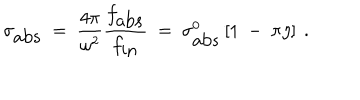
\sigma _ { \mathrm { a b s } } ~ = ~ { \frac { 4 \pi } { \omega ^ { 2 } } } { \frac { f _ { \mathrm { a b s } } } { f _ { \mathrm { i n } } } } ~ = ~ \sigma _ { \mathrm { a b s } } ^ { 0 } \left[ 1 ~ - ~ \pi \eta \right] ~ .